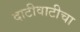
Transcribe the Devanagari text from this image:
दाटीवाटीचा